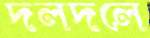
দলদলে